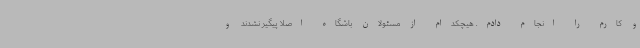
و کارم را انجام دادم. هیچکدام از مسئولان باشگاه اصلا پیگیر نشدند و